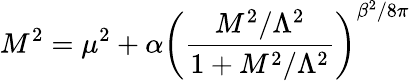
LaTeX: M^{2}=\mu^{2}+\alpha\left(\frac{M^{2}/\Lambda^{2}}{1+M^{2}/\Lambda^{2}}\right)^{\beta^{2}/8\pi}